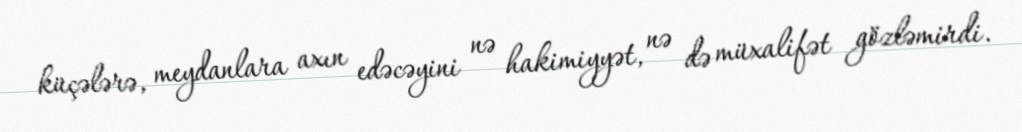
küçələrə, meydanlara axın edəcəyini nə hakimiyyət, nə də müxalifət gözləmirdi.